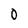
Character: 0